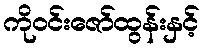
ကိုဝင်းဇော်ထွန်းနှင့်